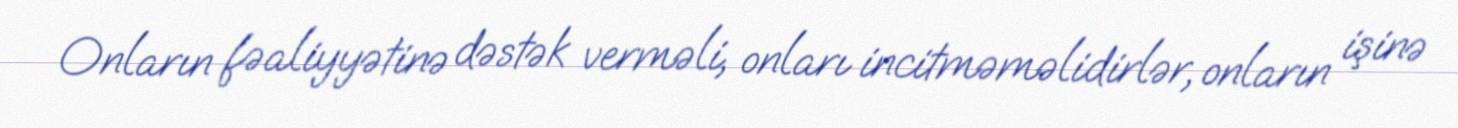
Onların fəaliyyətinə dəstək verməli, onları incitməməlidirlər, onların işinə